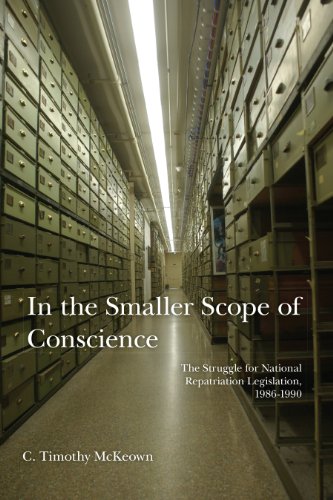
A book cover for In the Smaller Scope of Conscience: The Struggle for National Repatriation Legislation, 1986EE1990; C. Timothy McKeown; Law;